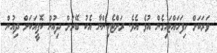
ވަރަކަށް ހިފަހައްޓައިގެން އުޅެ އެވެ. ރަށްޓެހިންނާ އެކު ބޭރަށް ދިއުން ކޮފީއަކަށް ދިއުން